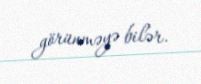
görünməyə bilər.